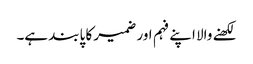
لکھنے والا اپنے فہم اور ضمیر کا پابند ہے۔